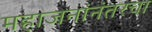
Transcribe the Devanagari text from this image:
महाजनांनंतरचा